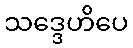
သဒ္ဒေဟိပေ